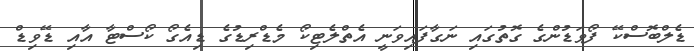
ޑެލްބޮސްކޭ ފޯވަޑުންގެ ގޮތުގައި ނަގާފައިވަނީ އެތްލެޓިކޯ މެޑްރިޑުގެ ޑިއެގޯ ކޯސްޓާ އާއި ޑޭވިޑް